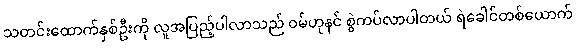
သတင်းထောက်နှစ်ဦးကို လူအပြည့်ပါလာသည် ဝမ်ဟုနင် စွဲကပ်လာပါတယ် ရဲခေါင်တစ်ယောက်